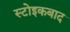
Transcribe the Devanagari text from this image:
स्टोइकबाद